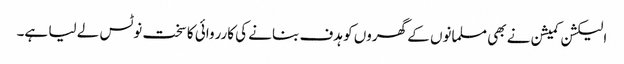
الیکشن کمیشن نے بھی مسلمانوں کے گھروں کو ہدف بنانے کی کارروائی کا سخت نوٹس لے لیا ہے۔